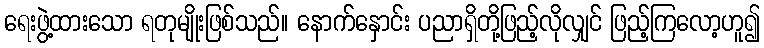
ရေးဖွဲ့ထားသော ရတုမျိုးဖြစ်သည်။ နောက်နှောင်း ပညာရှိတို့ဖြည့်လိုလျှင် ဖြည့်ကြလော့ဟူ၍